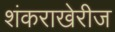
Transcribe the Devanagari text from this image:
शंकराखेरीज